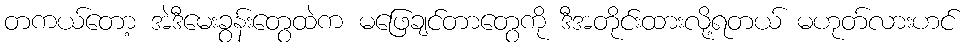
တကယ်တော့ အဲဒီမေးခွန်းတွေထဲက မဖြေချင်တာတွေကို ဒီအတိုင်းထားလို့ရတယ် မဟုတ်လားဟင်